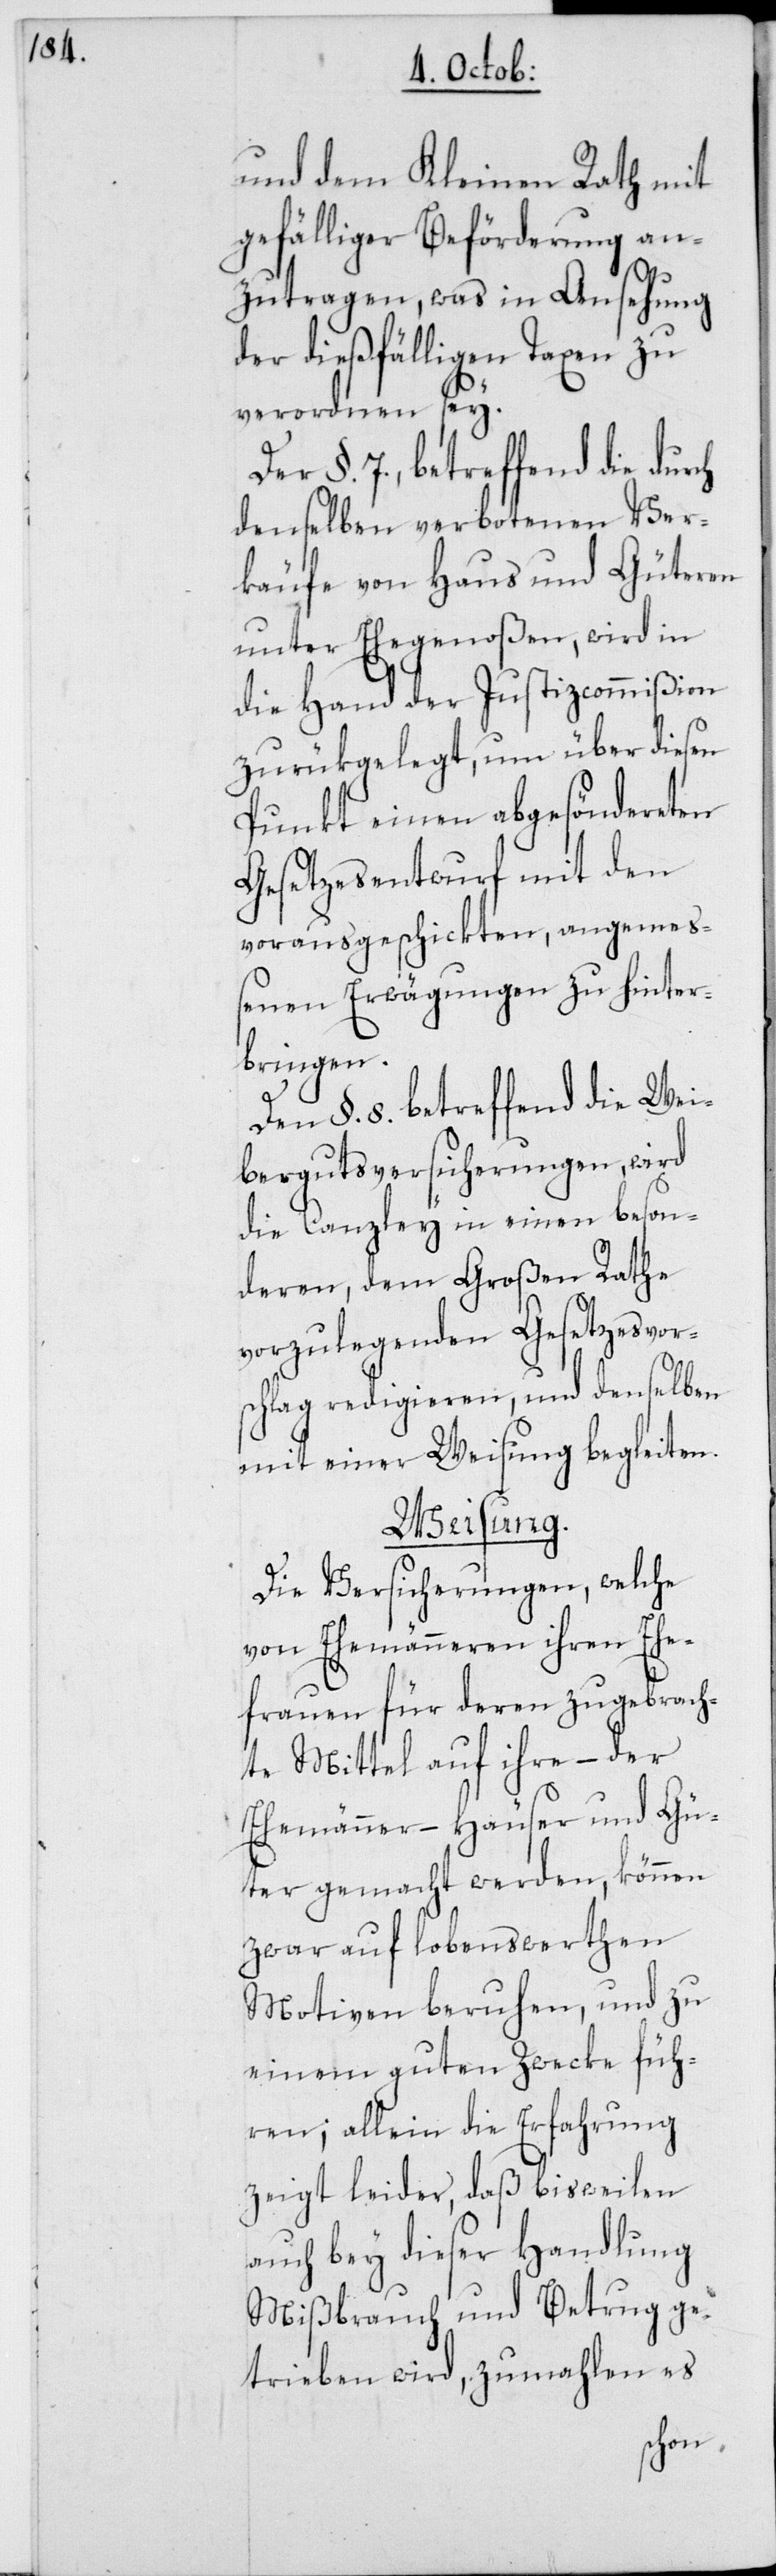
und dem Kleinen Rath mit
gefälliger Beförderung an¬
ch
zutragen, was in Ansehung
der dießfälligen Taxen zu
verordnen sey.
Der §. 7., betreffend die dur¬
denselben verbotenen Ver¬
käufe von Haus und Güteren
unter Ehegenoßen, wird in
die Hand der Justizcommißion
zurükgelegt, um über diesen
Punkt einen abgesöndereten
Gesetzesentwurf mit den
vorausgeschickten, angemeß¬
enen Erwägungen zu hinter¬
bringen.
Den §. 8. betreffend die Wei¬
bergutsversicherungen, wird
die Canzley in einen beson¬
deren, dem Großen Rathe
vorzulegenden Gesetzesvors¬
chlag redigieren, und denselben
mit einer Weisung begleiten.
Weisung.
Die Versicherungen, welche
von Ehemänneren ihren Ehe¬
frauen für deren zugebrach¬
te Mittel auf ihre, – der
Ehemänner – Häuser und Gü¬
ter gemacht werden, können
zwar auf lobenswerthen
Motiven beruhen, und zu
einem guten Zwecke füh¬
ren; allein die Erfahrung
zeigt leider, daß bisweilen
auch bey dieser Handlung
Mißbrauch und Betrug ge¬
trieben wird, zumahlen es